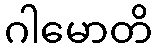
ဂါမောတိ